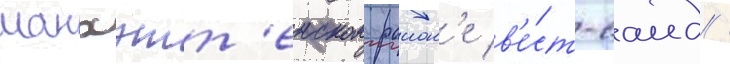
манхэтт'енском раион'е в'е́ст-саид /